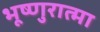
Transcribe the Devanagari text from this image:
भूष्णुरात्मा